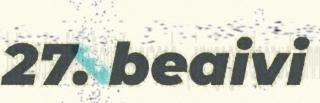
27. beaivi